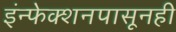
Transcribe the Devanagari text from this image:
इंन्फेक्शनपासूनही